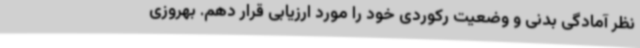
نظر آمادگی بدنی و وضعیت رکوردی خود را مورد ارزیابی قرار دهم. بهروزی